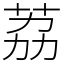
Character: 荔